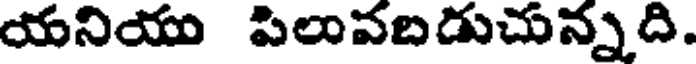
యనియు పిలువబడుచున్నది.